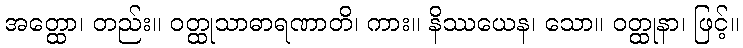
အတ္ထော၊ တည်း။ ဝတ္ထုသာဓာရဏာတိ၊ ကား။ နိဿယေန၊ သော။ ဝတ္ထုနာ၊ ဖြင့်။